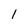
Character: l